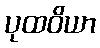
ပုထဝိယာ